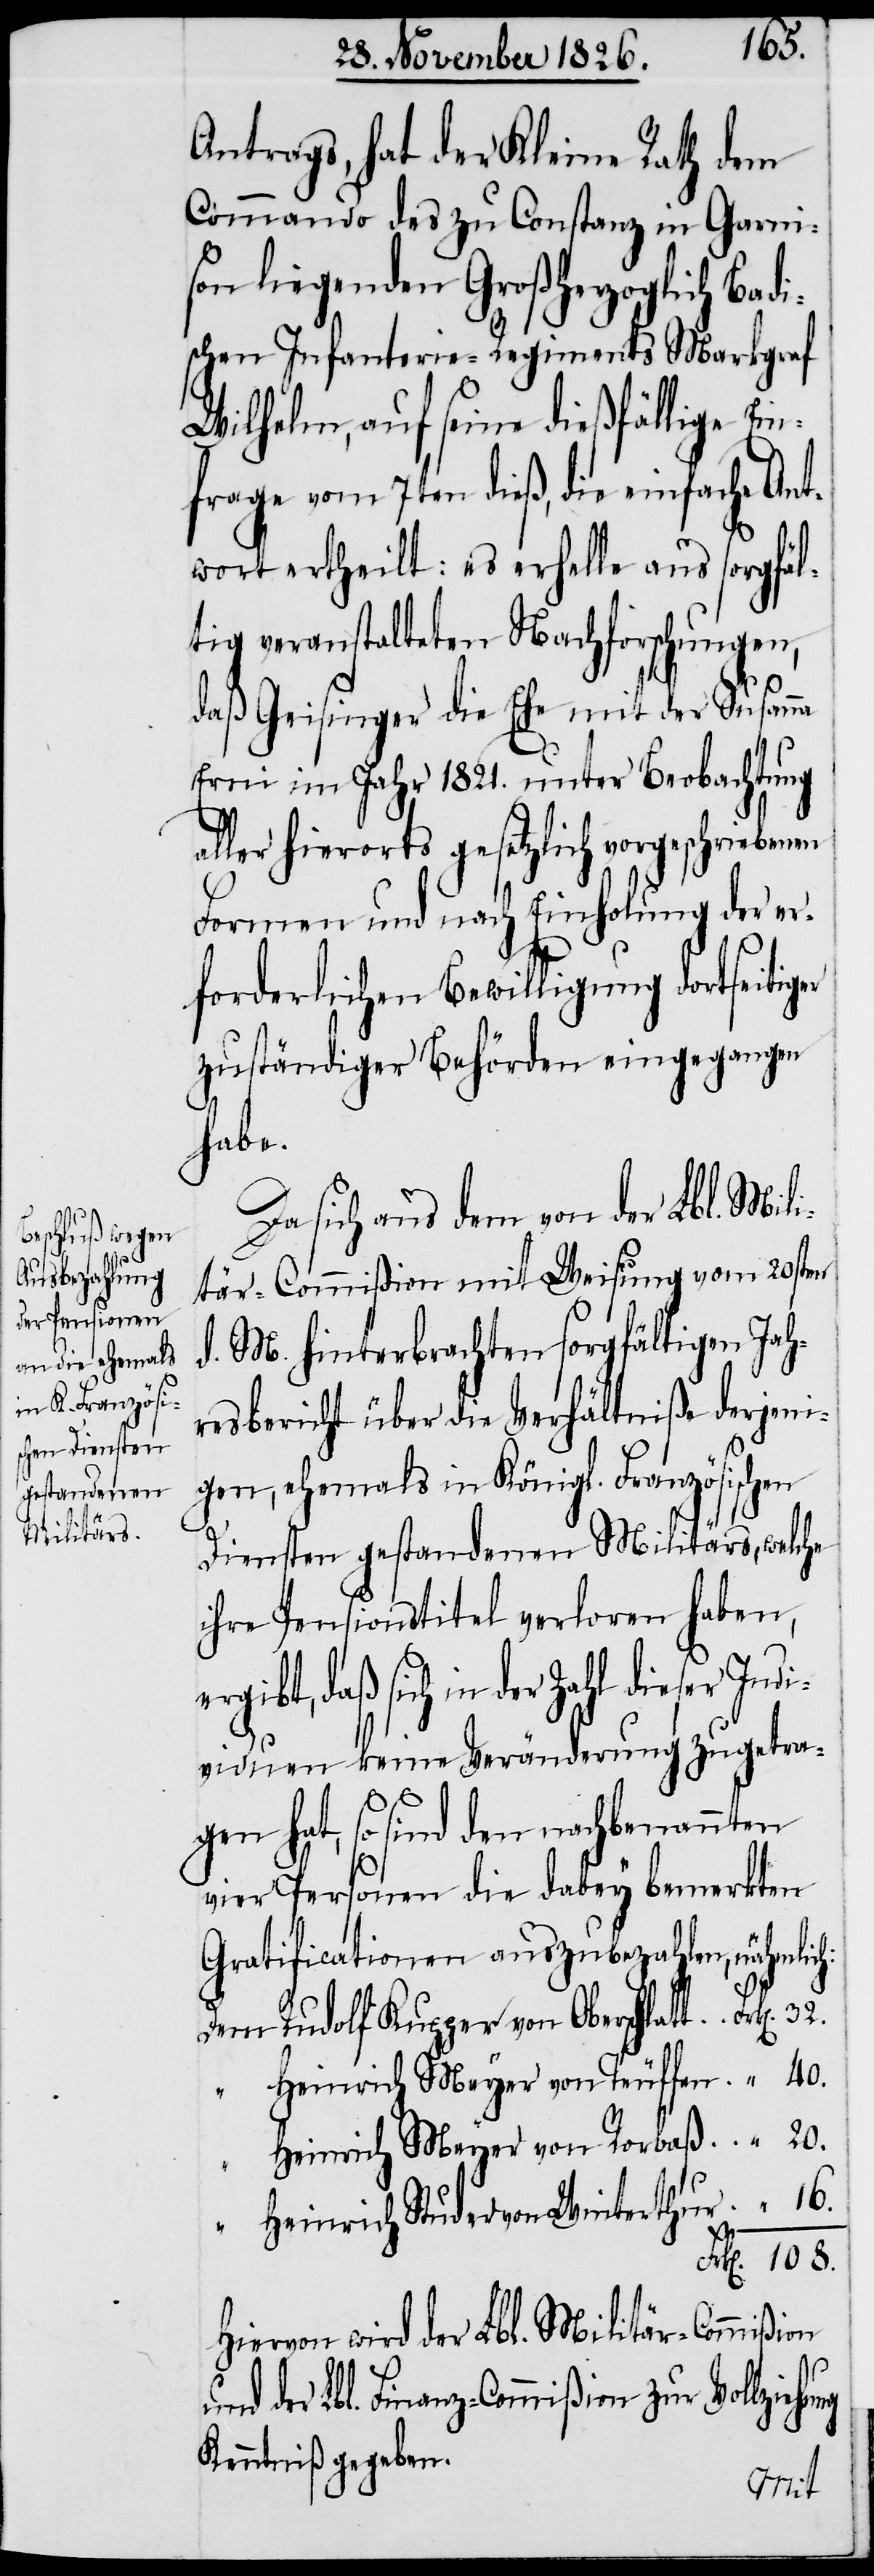
108.
Antrags, hat der Kleine Rath dem
Commando des zu Constanz in Garni¬
son liegenden Großherzoglich Bad¬
ischen Infanterie-Regiments Markgraf
Wilhelm, auf seine dießfällige Ein¬
frage vom 7ten dieß, die einfache Ant¬
wort ertheilt: es erhelle aus sorgfäl¬
tig veranstalteten Nachforschungen,
daß Geisinger die Ehe mit der Susan¬
Erni im Jahr 1821. unter Beobachtung
aller hierorts gesetzlich vorgeschriebenen
Formen und nach Einholung der er¬
forderlichen Bewilligung dortseitiger
zuständiger Behörden eingegangen
habe.
Da sich aus dem von der Lbl. Mili¬
tär-Commißion mit Weisung vom 20sten
d. M. hinterbrachten sorgfältigen Jah¬
resbericht über die Verhältniße derjeni¬
gen, ehemals in Königl. Französischen
Diensten gestandenen Militärs, welche
ihre Pensionstitel verloren haben,
daß sich in der Zahl dieser Ind¬
ividuen keine Veränderung zugetra¬
gen hat, so sind den nachbenannten
vier Personen die dabey bemerkten
Gratificationen auszubezahlen, nähmlich:
Rudolf Kupper von Oberglatt
Heinrich Meyer von Teuffen
Heinrich Meyer von Rorbaß
Heinrich Studer von Winterthur
Hiervon wird der Lbl. Militär-Commißion
und der Lbl. Finanz-Commißion zur Vollzieh¬
Kenntniß gegeben.
ung